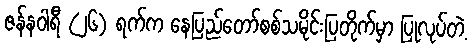
ဇန်နဝါရီ (၂၆) ရက်က နေပြည်တော်စစ်သမိုင်းပြတိုက်မှာ ပြုလုပ်တဲ့